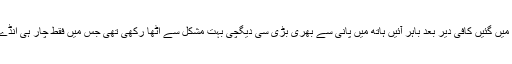
يہ کچن میں گئیں كافى دير بعد باہر آئیں ہاتھ ميں پانی سے بھری بڑی سی دیگچی بہت مشكل سے اٹھا ركھی تھی جس ميں فقط چار ہی انڈے تھے ۔